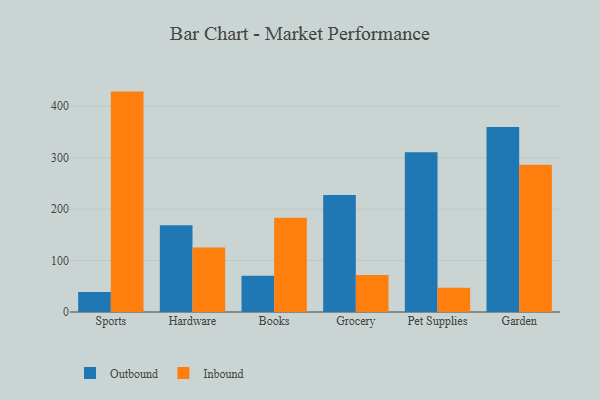
{"axis": {"x": "Category", "y": "Page Views"}, "legend": ["Inbound", "Outbound"], "data": [{"x": "Sports", "y": 38.7, "type": "Outbound"}, {"x": "Sports", "y": 428.5, "type": "Inbound"}, {"x": "Hardware", "y": 168.9, "type": "Outbound"}, {"x": "Hardware", "y": 125.4, "type": "Inbound"}, {"x": "Books", "y": 70.3, "type": "Outbound"}, {"x": "Books", "y": 183.2, "type": "Inbound"}, {"x": "Grocery", "y": 227.4, "type": "Outbound"}, {"x": "Grocery", "y": 71.9, "type": "Inbound"}, {"x": "Pet Supplies", "y": 310.6, "type": "Outbound"}, {"x": "Pet Supplies", "y": 47.1, "type": "Inbound"}, {"x": "Garden", "y": 359.9, "type": "Outbound"}, {"x": "Garden", "y": 286.5, "type": "Inbound"}]}